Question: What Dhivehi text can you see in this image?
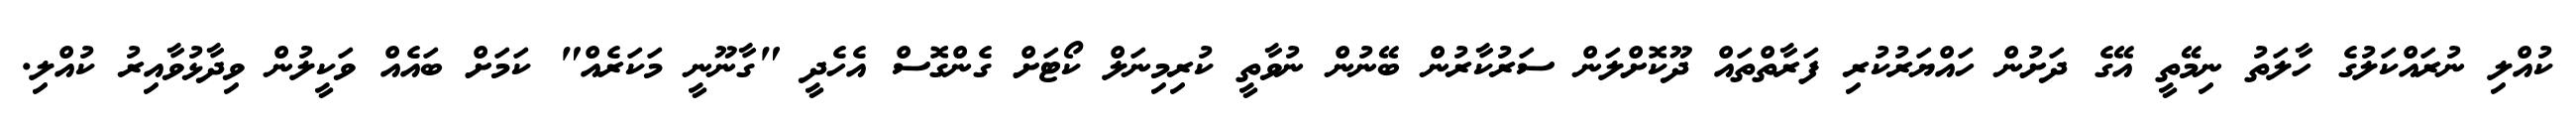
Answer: ކުއްލި ނުރައްކަލުގެ ހާލަތު ނިމޭތީ އޭގެ ދަށުން ހައްޔަރުކުރި ފަރާތްތައް ދޫކޮށްލަން ސަރުކާރުން ބޭނުން ނުވާތީ ކުރިމިނަލް ކޯޓަށް ގެންގޮސް އެހެދީ "ގާނޫނީ މަކަރެއް" ކަމަށް ބައެއް ވަކީލުން ވިދާޅުވާއިރު ކުއްލި.